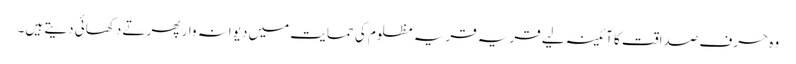
وہ حرف صداقت کا آئینہ لیے قریہ قریہ مظلوم کی حمایت میں دیوانہ وار پھرتے دکھائی دیتے ہیں۔